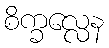
စိက္ခလ္လေန